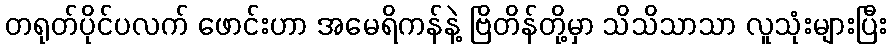
တရုတ်ပိုင်ပလက် ဖောင်းဟာ အမေရိကန်နဲ့ ဗြိတိန်တို့မှာ သိသိသာသာ လူသုံးများပြီး